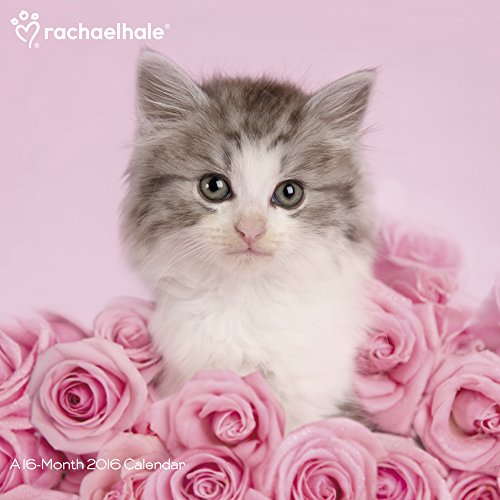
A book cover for Rachael Hale Cats Wall Calendar (2016); Day Dream; Calendars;